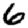
Digit: 6